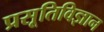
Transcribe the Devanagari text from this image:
प्रसूतिविज्ञान